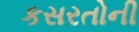
કસરતોની